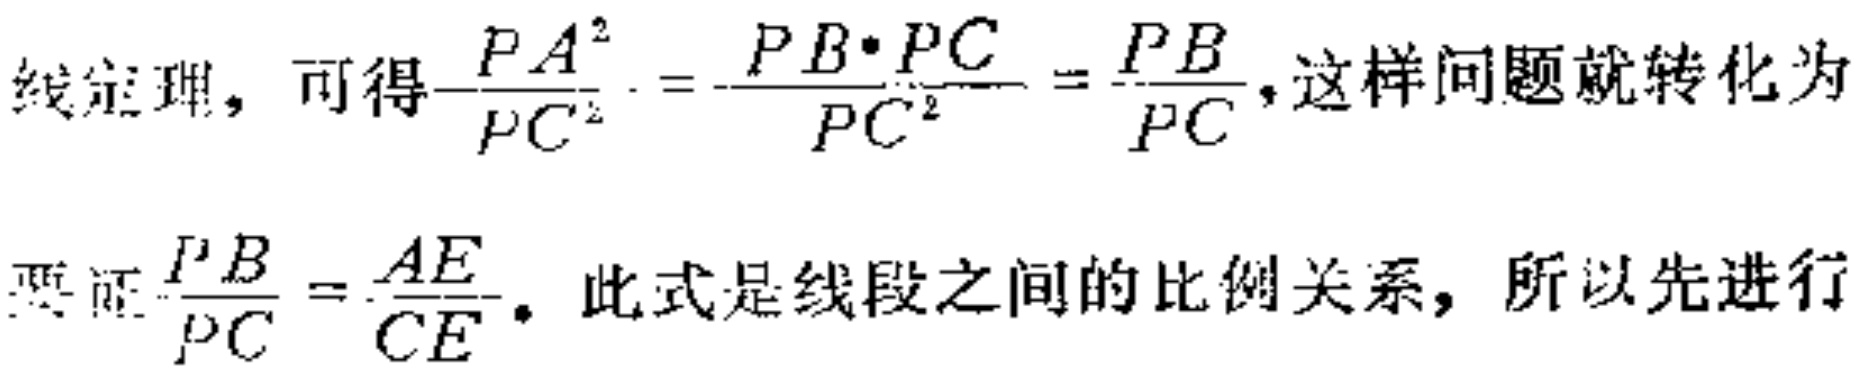
线定理，可得$\frac{PA^{2}}{PC^{2}} = \frac{PB\cdot PC}{PC^{2}} = \frac{PB}{PC}$，这样问题就转化为
要证$\frac{PB}{PC} = \frac{AE}{CE}$。此式是线段之间的比例关系，所以先进行